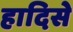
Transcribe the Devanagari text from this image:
हादिसे